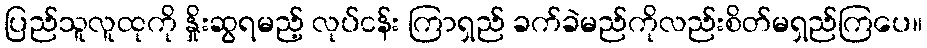
ပြည်သူလူထုကို နှိုးဆွရမည့် လုပ်ငန်း ကြာရှည် ခက်ခဲမည်ကိုလည်းစိတ်မရှည်ကြပေ။